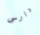
دارسى